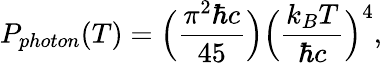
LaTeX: P_{photon}(T)=\Big({\frac{\pi^{2}\hbar c}{45}}\Big)\Big({\frac{k_{B}T}{\hbar c}}\Big)^{4},